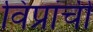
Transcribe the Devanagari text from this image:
विप्रांची